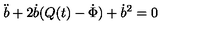
\ddot { b } + 2 \dot { b } ( Q ( t ) - \dot { \Phi } ) + \dot { b } ^ { 2 } = 0